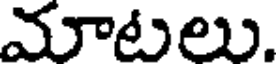
మాటలు.